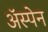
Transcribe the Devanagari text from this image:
अॅस्पेन